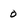
Character: 0